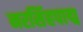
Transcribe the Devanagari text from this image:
नरसिंहपाद्म